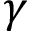
\gamma